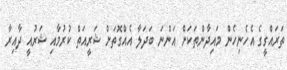
ތަރައްގީގެ އެހެނިހެން މައިދާންތަކަށް އަންނަ ބަދަލާ އެއްގޮތަށް ޝަރީއަތް ކުރުމާއި ޝަރުއީ ދާއިރާ